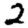
Digit: 2